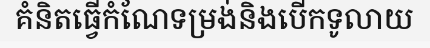
គំនិតធ្វើកំណែទម្រង់និងបើកទូលាយ